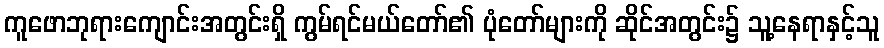
ကူဖောဘုရားကျောင်းအတွင်းရှိ ကွမ်ရင်မယ်တော်၏ ပုံတော်များကို ဆိုင်အတွင်း၌ သူ့နေရာနှင့်သူ